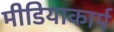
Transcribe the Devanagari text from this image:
मीडियाकार्प